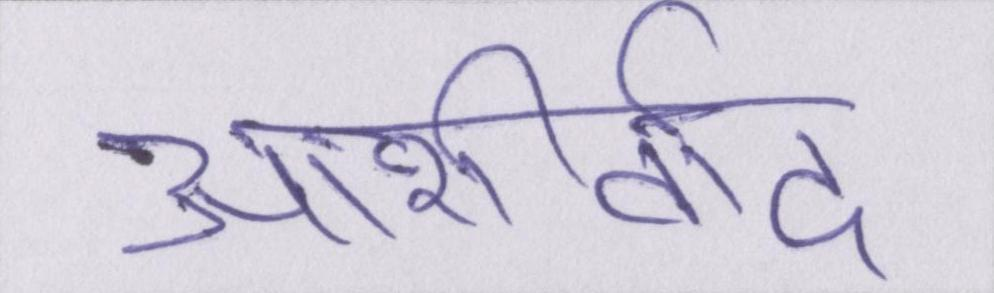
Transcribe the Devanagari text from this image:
आशीर्वाद